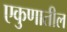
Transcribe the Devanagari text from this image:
एकुणातील